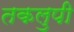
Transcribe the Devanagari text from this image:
तकलुपी